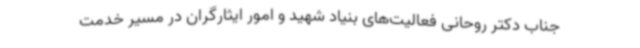
جناب دکتر روحانی فعالیت‌های بنیاد شهید و امور ایثارگران در مسیر خدمت